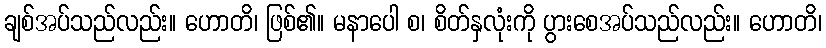
ချစ်အပ်သည်လည်း။ ဟောတိ၊ ဖြစ်၏။ မနာပေါ စ၊ စိတ်နှလုံးကို ပွားစေအပ်သည်လည်း။ ဟောတိ၊